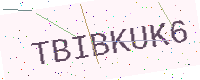
Text: TBIBKUK6